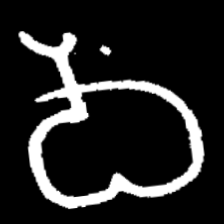
Pyu character \u2014 Myanmar letter: ဝ (romanized: wa)